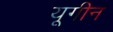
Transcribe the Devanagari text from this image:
यूगीन